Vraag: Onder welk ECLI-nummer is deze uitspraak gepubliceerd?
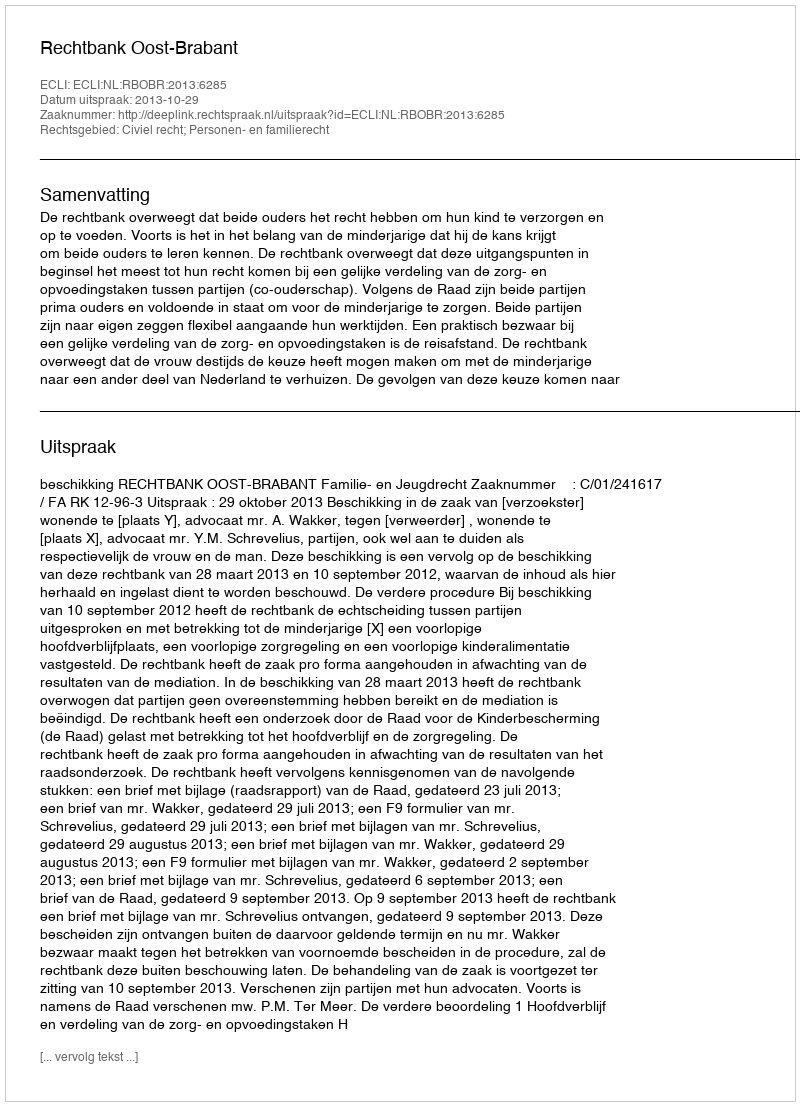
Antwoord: ECLI:NL:RBOBR:2013:6285